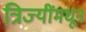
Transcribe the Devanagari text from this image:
त्रिज्यींमधून